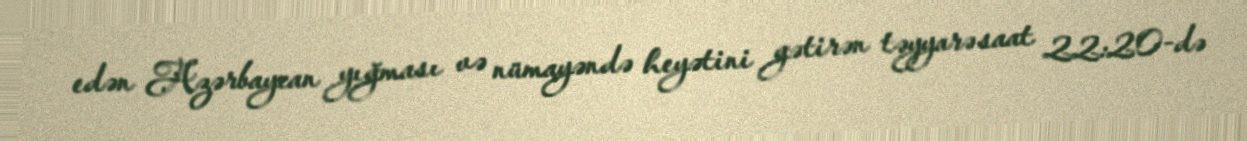
edən Azərbaycan yığması və nümayəndə heyətini gətirən təyyarə saat 22:20-də